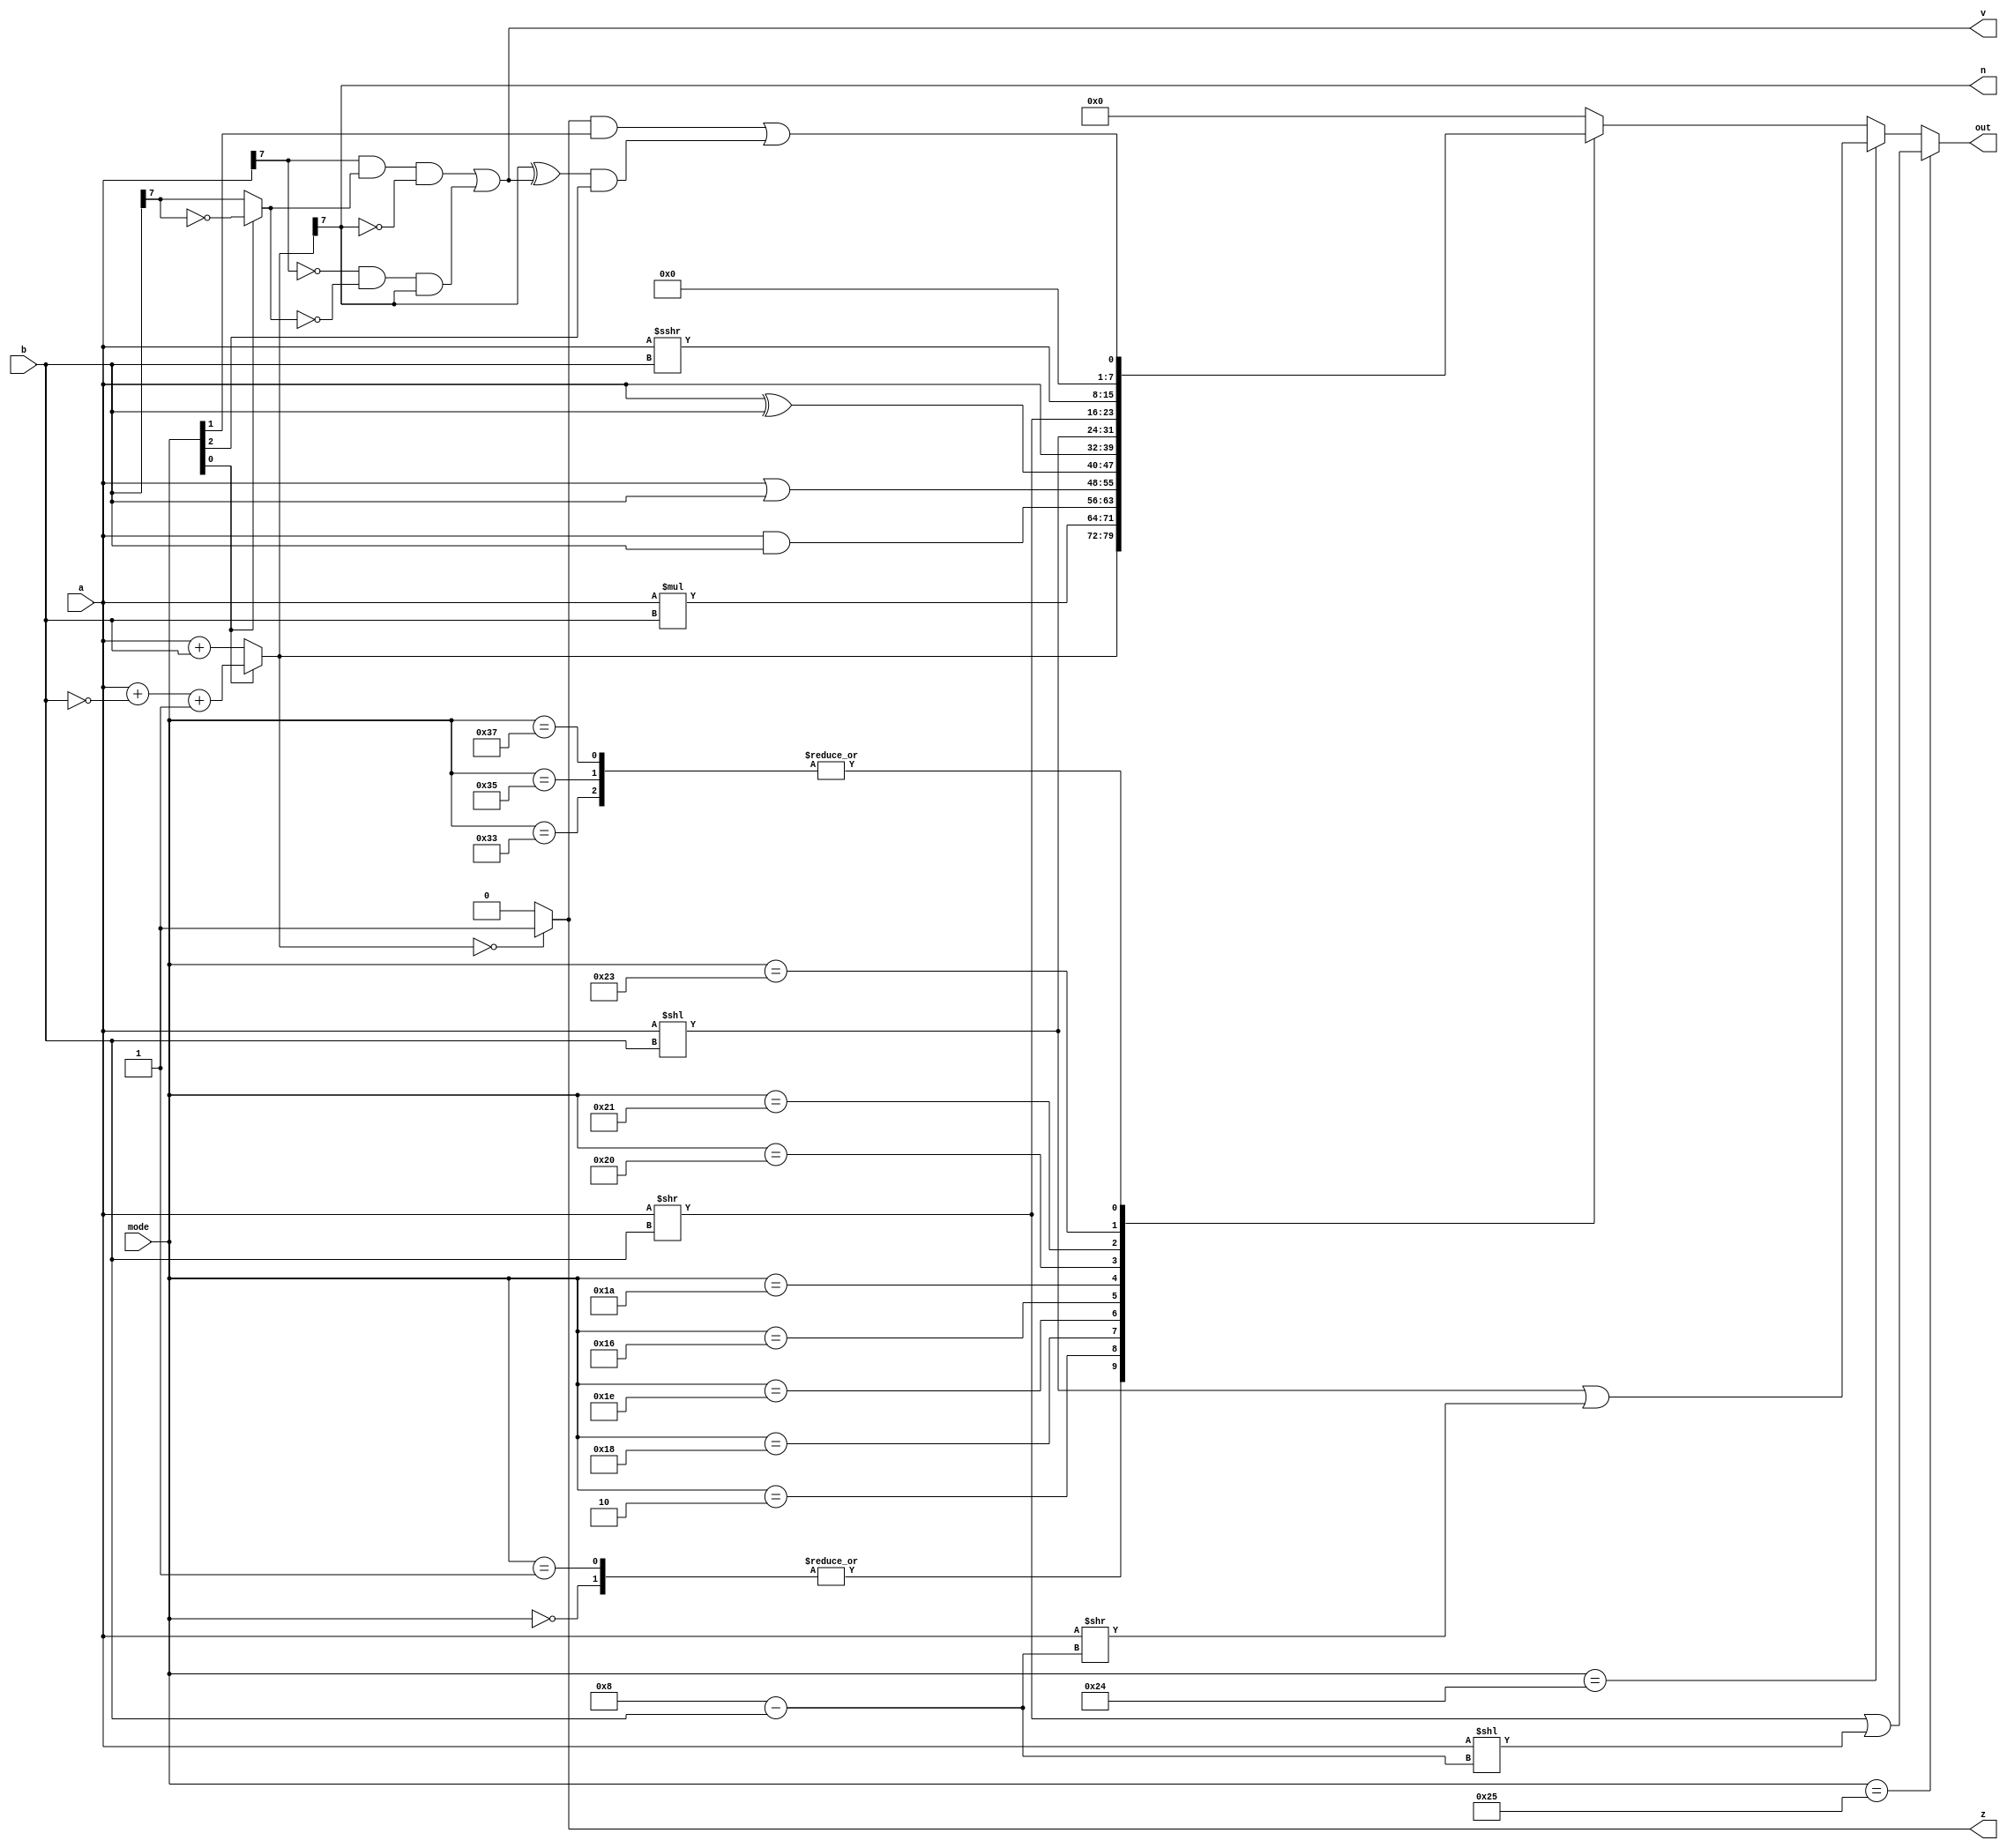
/*
   This file was generated automatically by the Mojo IDE version B1.3.6.
   Do not edit this file directly. Instead edit the original Lucid source.
   This is a temporary file and any changes made to it will be destroyed.
*/

module aluCompute_6 (
    input [5:0] mode,
    input [7:0] a,
    input [7:0] b,
    output reg [7:0] out,
    output reg z,
    output reg v,
    output reg n
  );
  
  
  
  reg [8:0] rawadd;
  
  reg [7:0] afteradd;
  
  reg xb7;
  
  reg zz;
  
  reg vv;
  
  reg nn;
  
  always @* begin
    out = 8'h00;
    zz = 1'h0;
    vv = 1'h0;
    nn = 1'h0;
    z = 1'h0;
    v = 1'h0;
    n = 1'h0;
    xb7 = b[7+0-:1];
    if (mode[0+0-:1] == 1'h0) begin
      rawadd = a + b;
    end else begin
      rawadd = a + ~b + 1'h1;
      xb7 = ~b[7+0-:1];
    end
    afteradd = rawadd[0+7-:8];
    if (afteradd == 1'h0) begin
      zz = 1'h1;
    end
    vv = (a[7+0-:1] & xb7 & ~afteradd[7+0-:1]) | (~a[7+0-:1] & ~xb7 & afteradd[7+0-:1]);
    nn = afteradd[7+0-:1];
    z = zz;
    v = vv;
    n = nn;
    
    case (mode)
      6'h00: begin
        out = afteradd;
      end
      6'h01: begin
        out = afteradd;
      end
      6'h02: begin
        out = a * b;
      end
      6'h18: begin
        out = a & b;
      end
      6'h1e: begin
        out = a | b;
      end
      6'h16: begin
        out = a ^ b;
      end
      6'h1a: begin
        out = a;
      end
      6'h20: begin
        out = a << b;
      end
      6'h21: begin
        out = a >> b;
      end
      6'h23: begin
        out = $signed(a) >>> b;
      end
      6'h33: begin
        out = (zz & mode[1+0-:1]) | ((nn ^ vv) & mode[2+0-:1]);
      end
      6'h35: begin
        out = (zz & mode[1+0-:1]) | ((nn ^ vv) & mode[2+0-:1]);
      end
      6'h37: begin
        out = (zz & mode[1+0-:1]) | ((nn ^ vv) & mode[2+0-:1]);
      end
    endcase
    if (mode == 6'h24) begin
      out = (a << b | (a >> (4'h8 - b)));
    end
    if (mode == 6'h25) begin
      out = (a >> b | (a << (4'h8 - b)));
    end
  end
endmodule